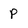
Character: p